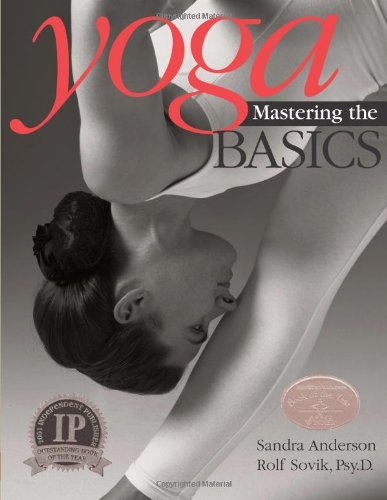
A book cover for Yoga: Mastering the Basics; Rolf Sovik; Health, Fitness & Dieting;